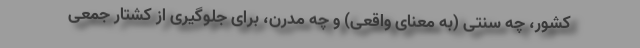
کشور، چه سنتی (به معنای واقعی) و چه مدرن، برای جلوگیری از کشتار جمعی